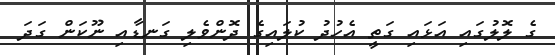
ގެ ލޮލުގައި އަޅައި ގަތީ އެހުދު ކުލައިގެ ދޮންވެލި ގަނޑާއި ނޫކަން ގަދަ